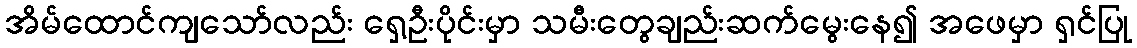
အိမ်ထောင်ကျသော်လည်း ရှေ့ဦးပိုင်းမှာ သမီးတွေချည်းဆက်မွေးနေ၍ အဖေမှာ ရှင်ပြု